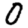
Digit: 0